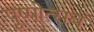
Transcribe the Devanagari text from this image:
पुष्पोत्सव